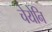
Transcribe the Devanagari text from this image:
चेयेनि